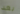
بعد